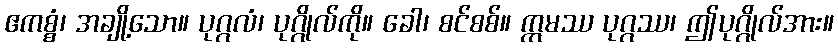
ဧကစ္စံ၊ အချို့သော။ ပုဂ္ဂလံ၊ ပုဂ္ဂိုလ်ကို။ ခေါ၊ စင်စစ်။ ဣမဿ ပုဂ္ဂဿ၊ ဤပုဂ္ဂိုလ်အား။